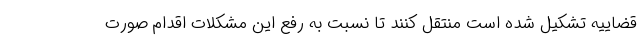
قضاییه تشکیل شده است منتقل کنند تا نسبت به رفع این مشکلات اقدام صورت